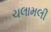
ચલામલી